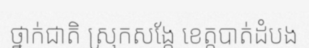
ថ្នាក់ជាតិ ស្រុកសង្កែ ខេត្តបាត់ដំបង